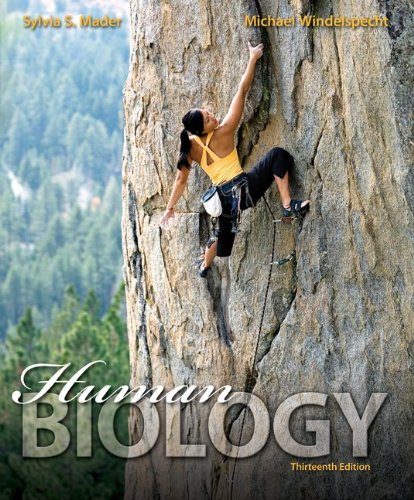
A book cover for Human Biology; Sylvia Mader; Medical Books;